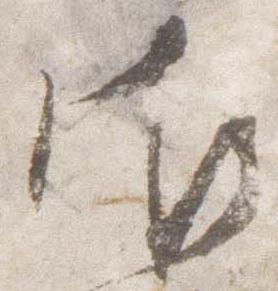
御